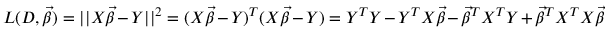
L ( D , { \vec { \beta } } ) = | | X { \vec { \beta } } - Y | | ^ { 2 } = ( X { \vec { \beta } } - Y ) ^ { T } ( X { \vec { \beta } } - Y ) = Y ^ { T } Y - Y ^ { T } X { \vec { \beta } } - { \vec { \beta } } ^ { T } X ^ { T } Y + { \vec { \beta } } ^ { T } X ^ { T } X { \vec { \beta } }